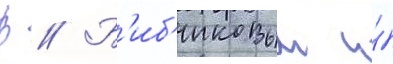
В // Б'иб'иковым и́